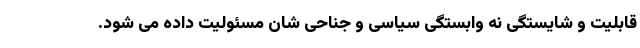
قابلیت و شایستگی نه وابستگی سیاسی و جناحی شان مسئولیت داده می شود.